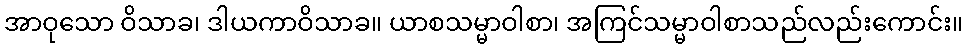
အာဝုသော ဝိသာခ၊ ဒါယကာဝိသာခ။ ယာစသမ္မာဝါစာ၊ အကြင်သမ္မာဝါစာသည်လည်းကောင်း။